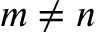
m \neq n